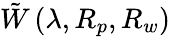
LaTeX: \tilde{W}\left(\lambda,R_{p},R_{w}\right)